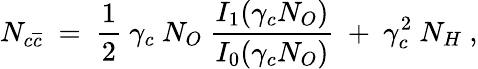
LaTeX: N_{c\overline{{{c}}}}~=~\frac{1}{2}~\gamma_{c}~N_{O}~\frac{I_{1}(\gamma_{c}N_{O})}{I_{0}(\gamma_{c}N_{O})}~+~\gamma_{c}^{2}~N_{H}~,